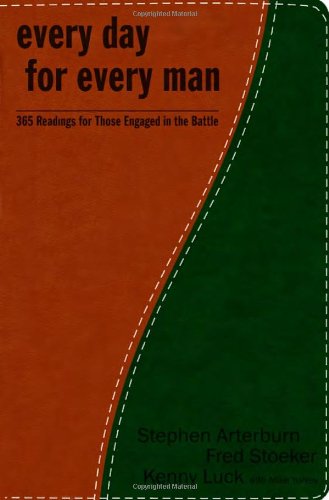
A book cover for Every Day for Every Man: 365 Readings for Those Engaged in the Battle (The Every Man Series); Stephen Arterburn; Christian Books & Bibles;